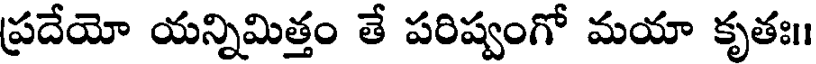
ప్రదేయో యన్నిమిత్తం తే పరిష్వంగో మయా కృతః।।